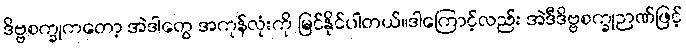
ဒိဗ္ဗစက္ခုကတော့ အဲဒါတွေ အကုန်လုံးကို မြင်နိုင်ပါတယ်။ဒါကြောင့်လည်း အဲဒီဒိဗ္ဗစက္ခုဉာဏ်ဖြင့်